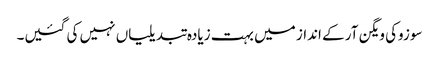
سوزوکی ویگن آر کے انداز میں بہت زیادہ تبدیلیاں نہیں کی گئیں۔